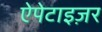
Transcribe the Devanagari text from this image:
ऐपेटाइज़र